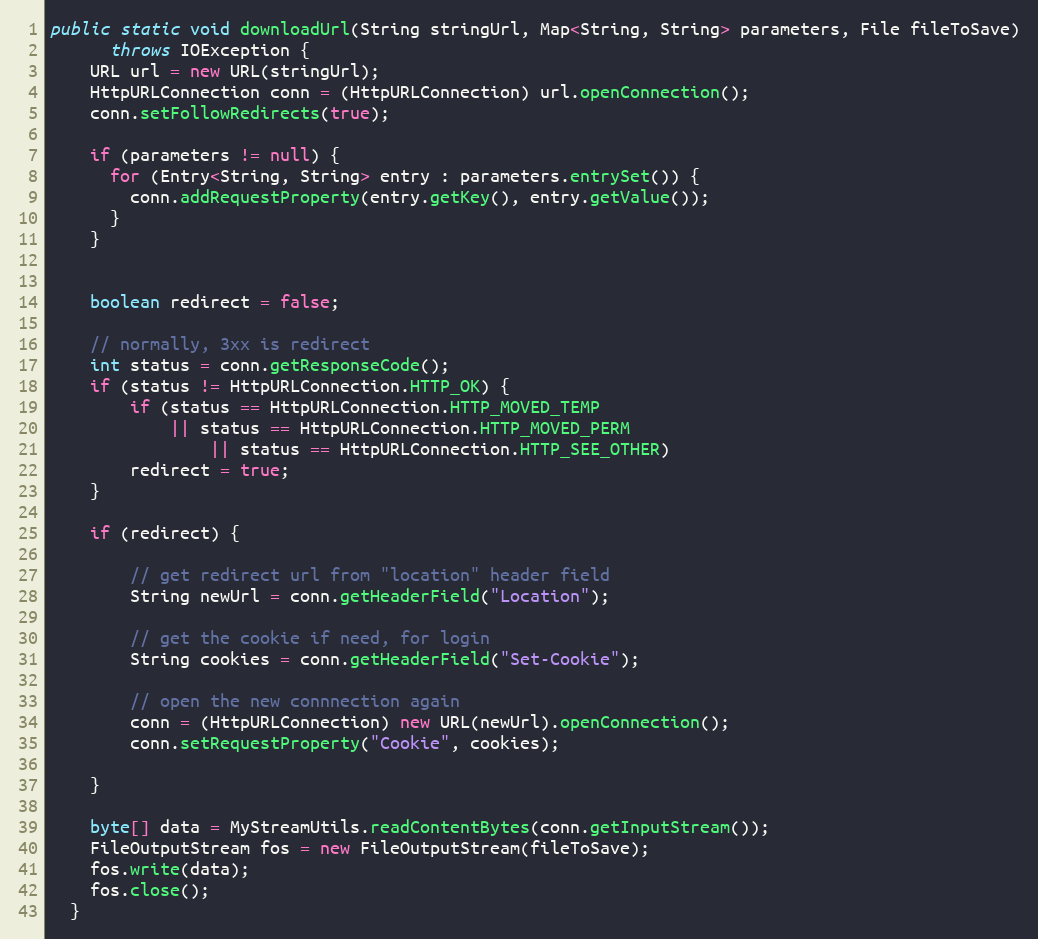
Language: Java
public static void downloadUrl(String stringUrl, Map<String, String> parameters, File fileToSave)
      throws IOException {
    URL url = new URL(stringUrl);
    HttpURLConnection conn = (HttpURLConnection) url.openConnection();
    conn.setFollowRedirects(true);

    if (parameters != null) {
      for (Entry<String, String> entry : parameters.entrySet()) {
        conn.addRequestProperty(entry.getKey(), entry.getValue());
      }
    }

    boolean redirect = false;

    // normally, 3xx is redirect
    int status = conn.getResponseCode();
    if (status != HttpURLConnection.HTTP_OK) {
        if (status == HttpURLConnection.HTTP_MOVED_TEMP
            || status == HttpURLConnection.HTTP_MOVED_PERM
                || status == HttpURLConnection.HTTP_SEE_OTHER)
        redirect = true;
    }

    if (redirect) {

        // get redirect url from "location" header field
        String newUrl = conn.getHeaderField("Location");

        // get the cookie if need, for login
        String cookies = conn.getHeaderField("Set-Cookie");

        // open the new connnection again
        conn = (HttpURLConnection) new URL(newUrl).openConnection();
        conn.setRequestProperty("Cookie", cookies);

    }

    byte[] data = MyStreamUtils.readContentBytes(conn.getInputStream());
    FileOutputStream fos = new FileOutputStream(fileToSave);
    fos.write(data);
    fos.close();
  }